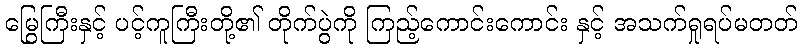
မြွေကြီးနှင့် ပင့်ကူကြီးတို့၏ တိုက်ပွဲကို ကြည့်ကောင်းကောင်း နှင့် အသက်ရှုရပ်မတတ်